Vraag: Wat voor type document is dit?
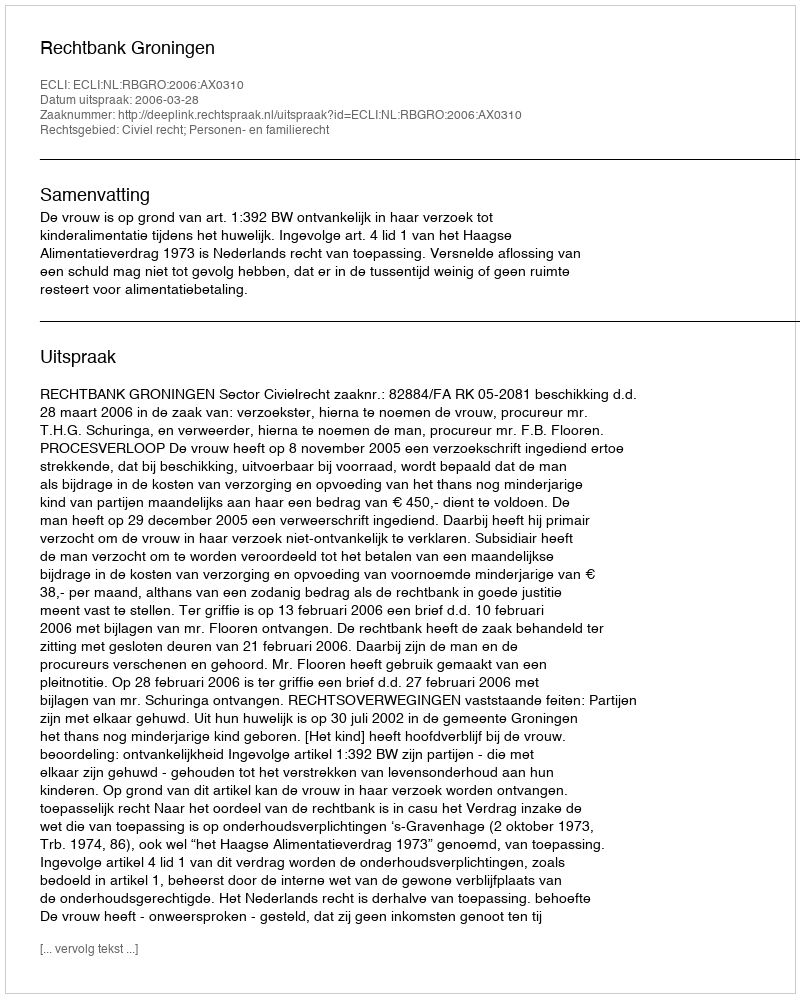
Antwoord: Uitspraak